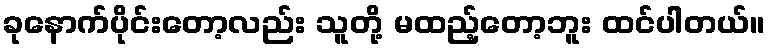
ခုနောက်ပိုင်းတော့လည်း သူတို့ မထည့်တော့ဘူး ထင်ပါတယ်။